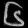
Digit: ၆